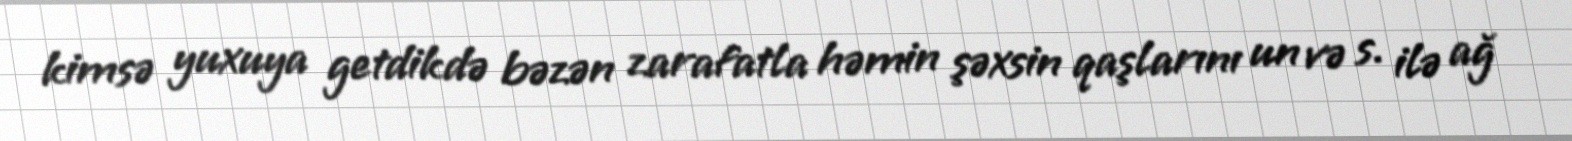
kimsə yuxuya getdikdə bəzən zarafatla həmin şəxsin qaşlarını un və s. ilə ağ